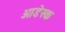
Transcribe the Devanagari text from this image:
ओडेस्क